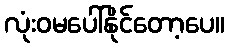
လုံးဝမပေါ်နိုင်တော့ပေ။